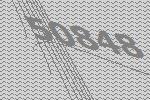
50848